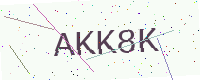
Text: AKK8K